DOW-UAP-D49, Launch Summary, Vandenberg AFB, 2000
Agency: Department of War
Incident date: 2/3/00
Page 75
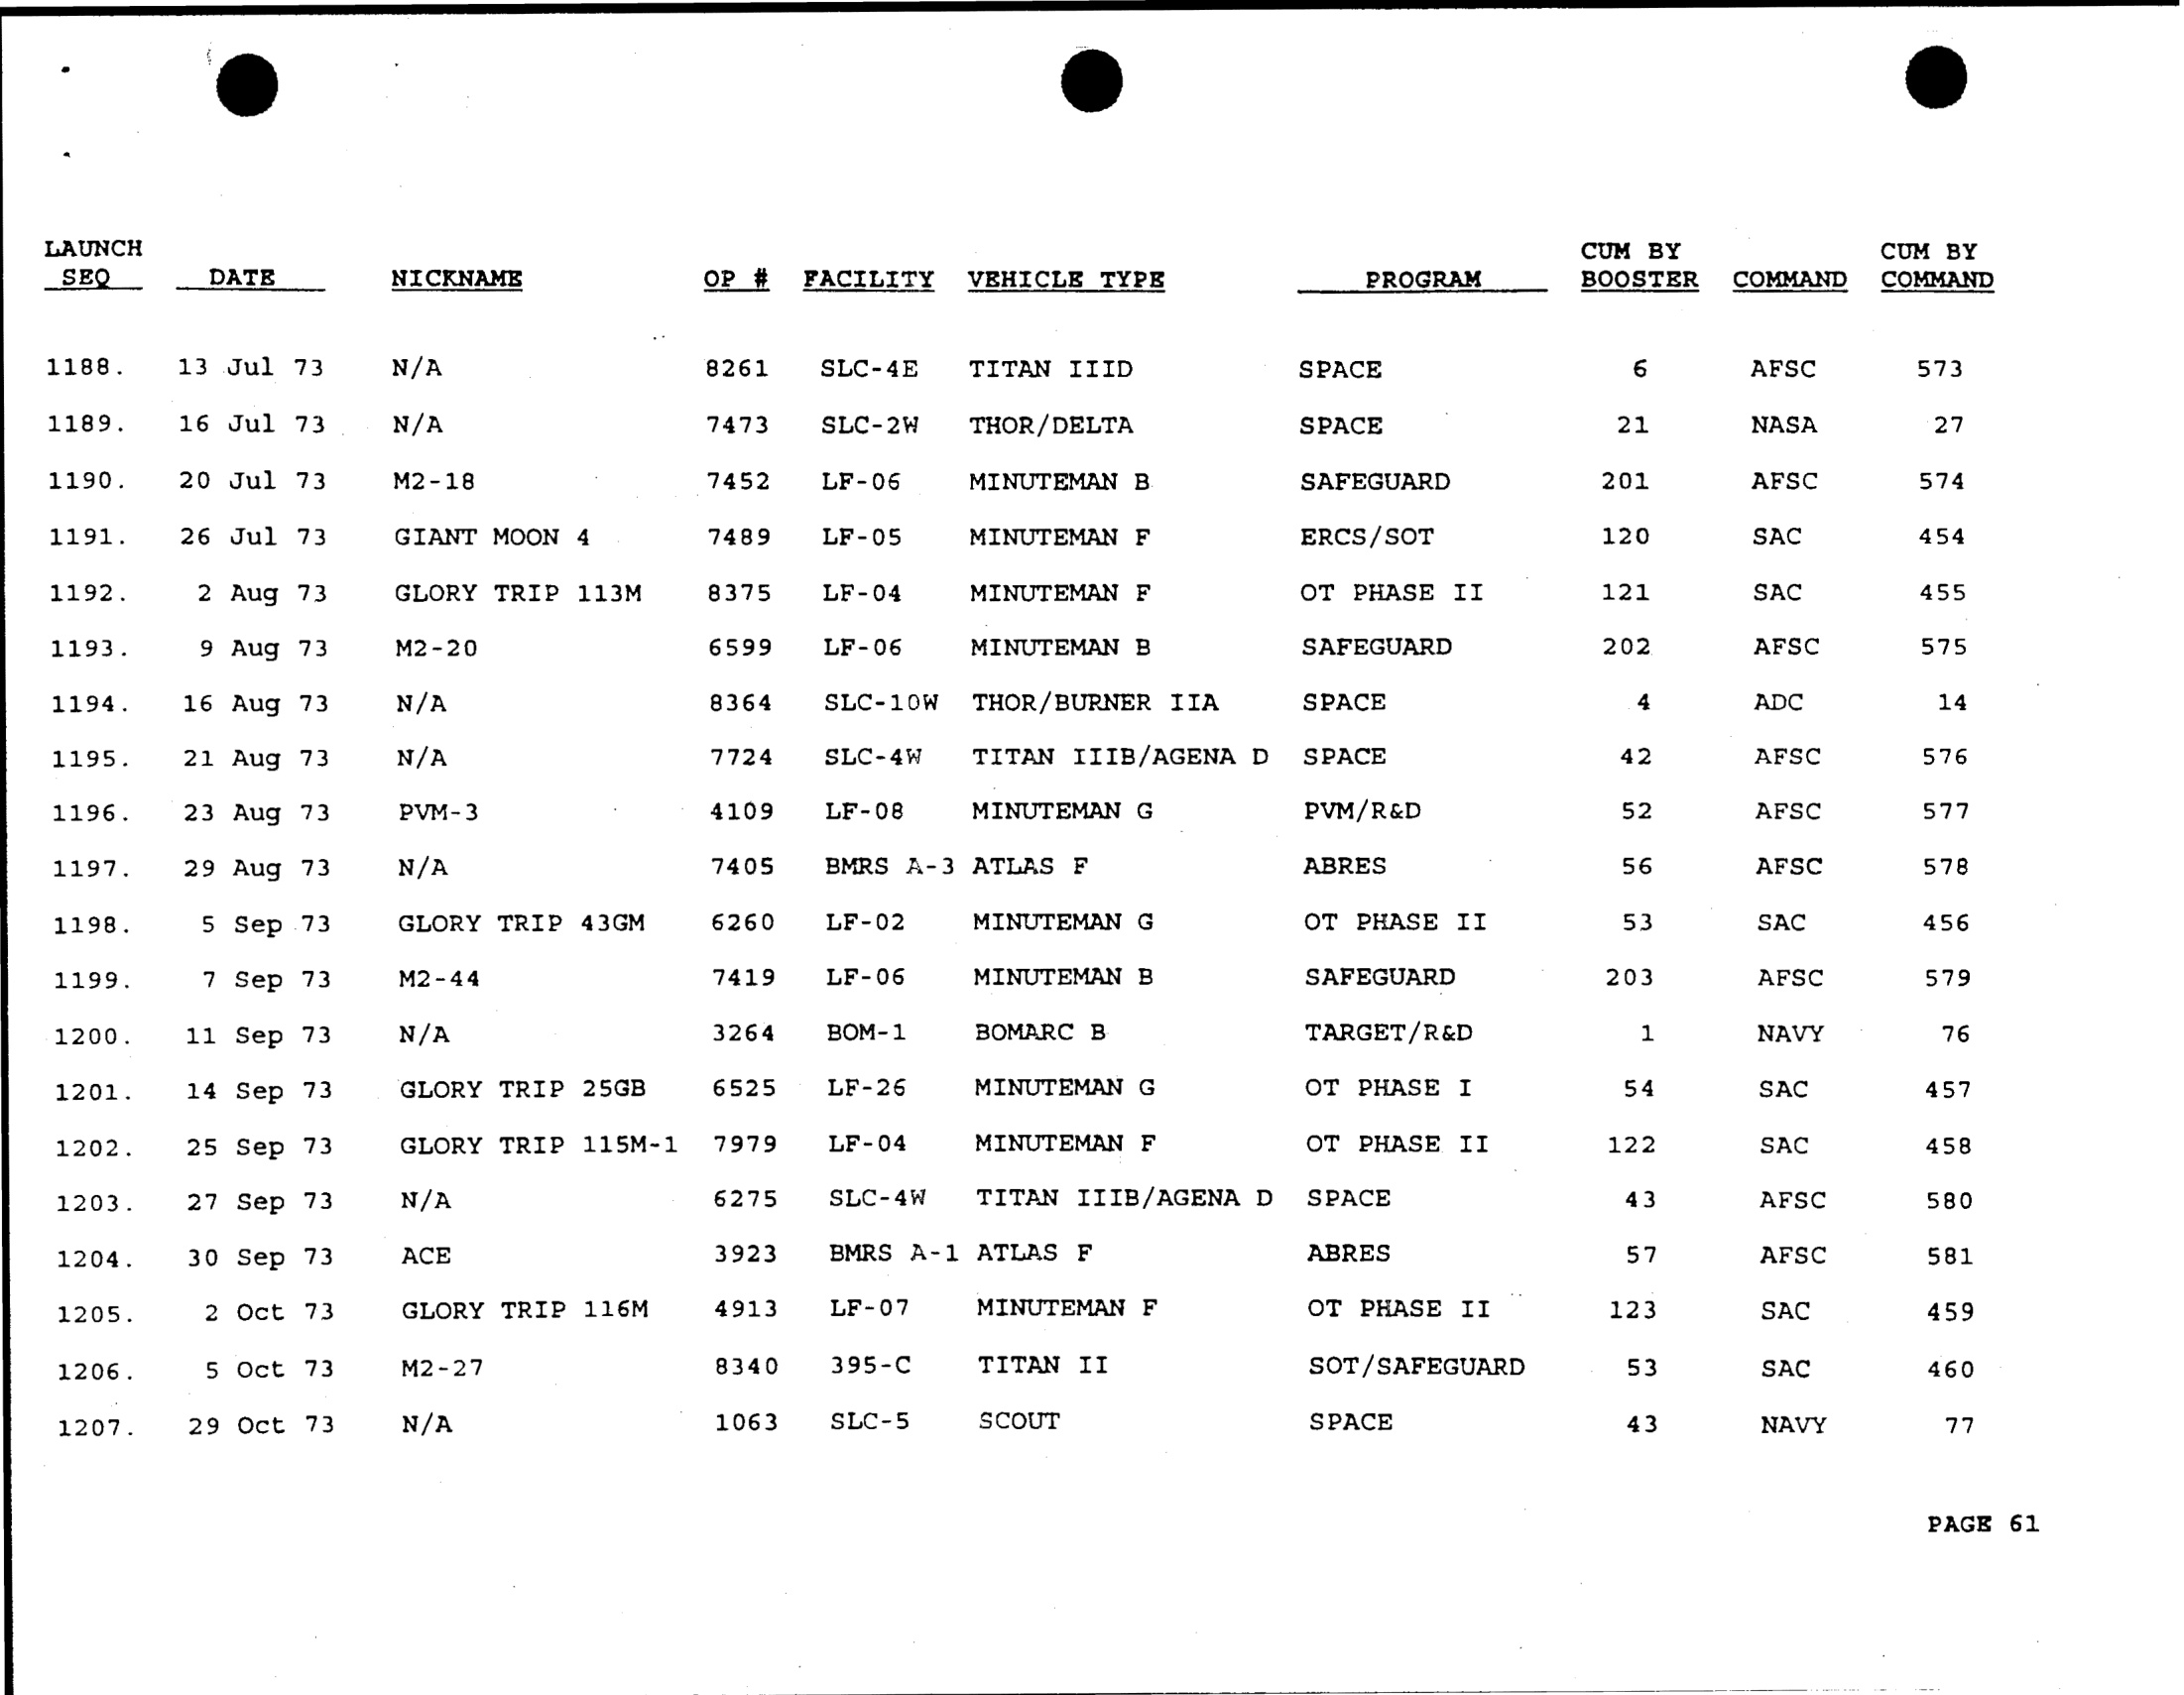